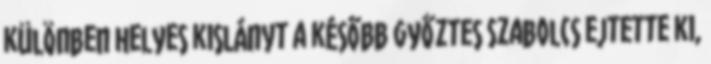
különben helyes kislányt a később győztes Szabolcs ejtette ki,